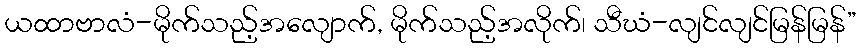
ယထာဗာလံ-မိုက်သည့်အလျောက်, မိုက်သည့်အလိုက်၊ သီဃံ-လျင်လျင်မြန်မြန်”